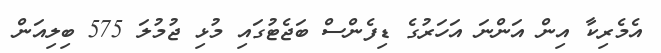
އެމެރިކާ އިން އަންނަ އަހަރުގެ ޑިފެންސް ބަޖެޓުގައި މުޅި ޖުމުލަ 575 ބިލިއަން